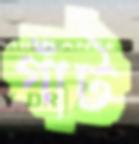
গাঁট